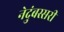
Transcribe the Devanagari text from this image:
नेदुंबस्सरी